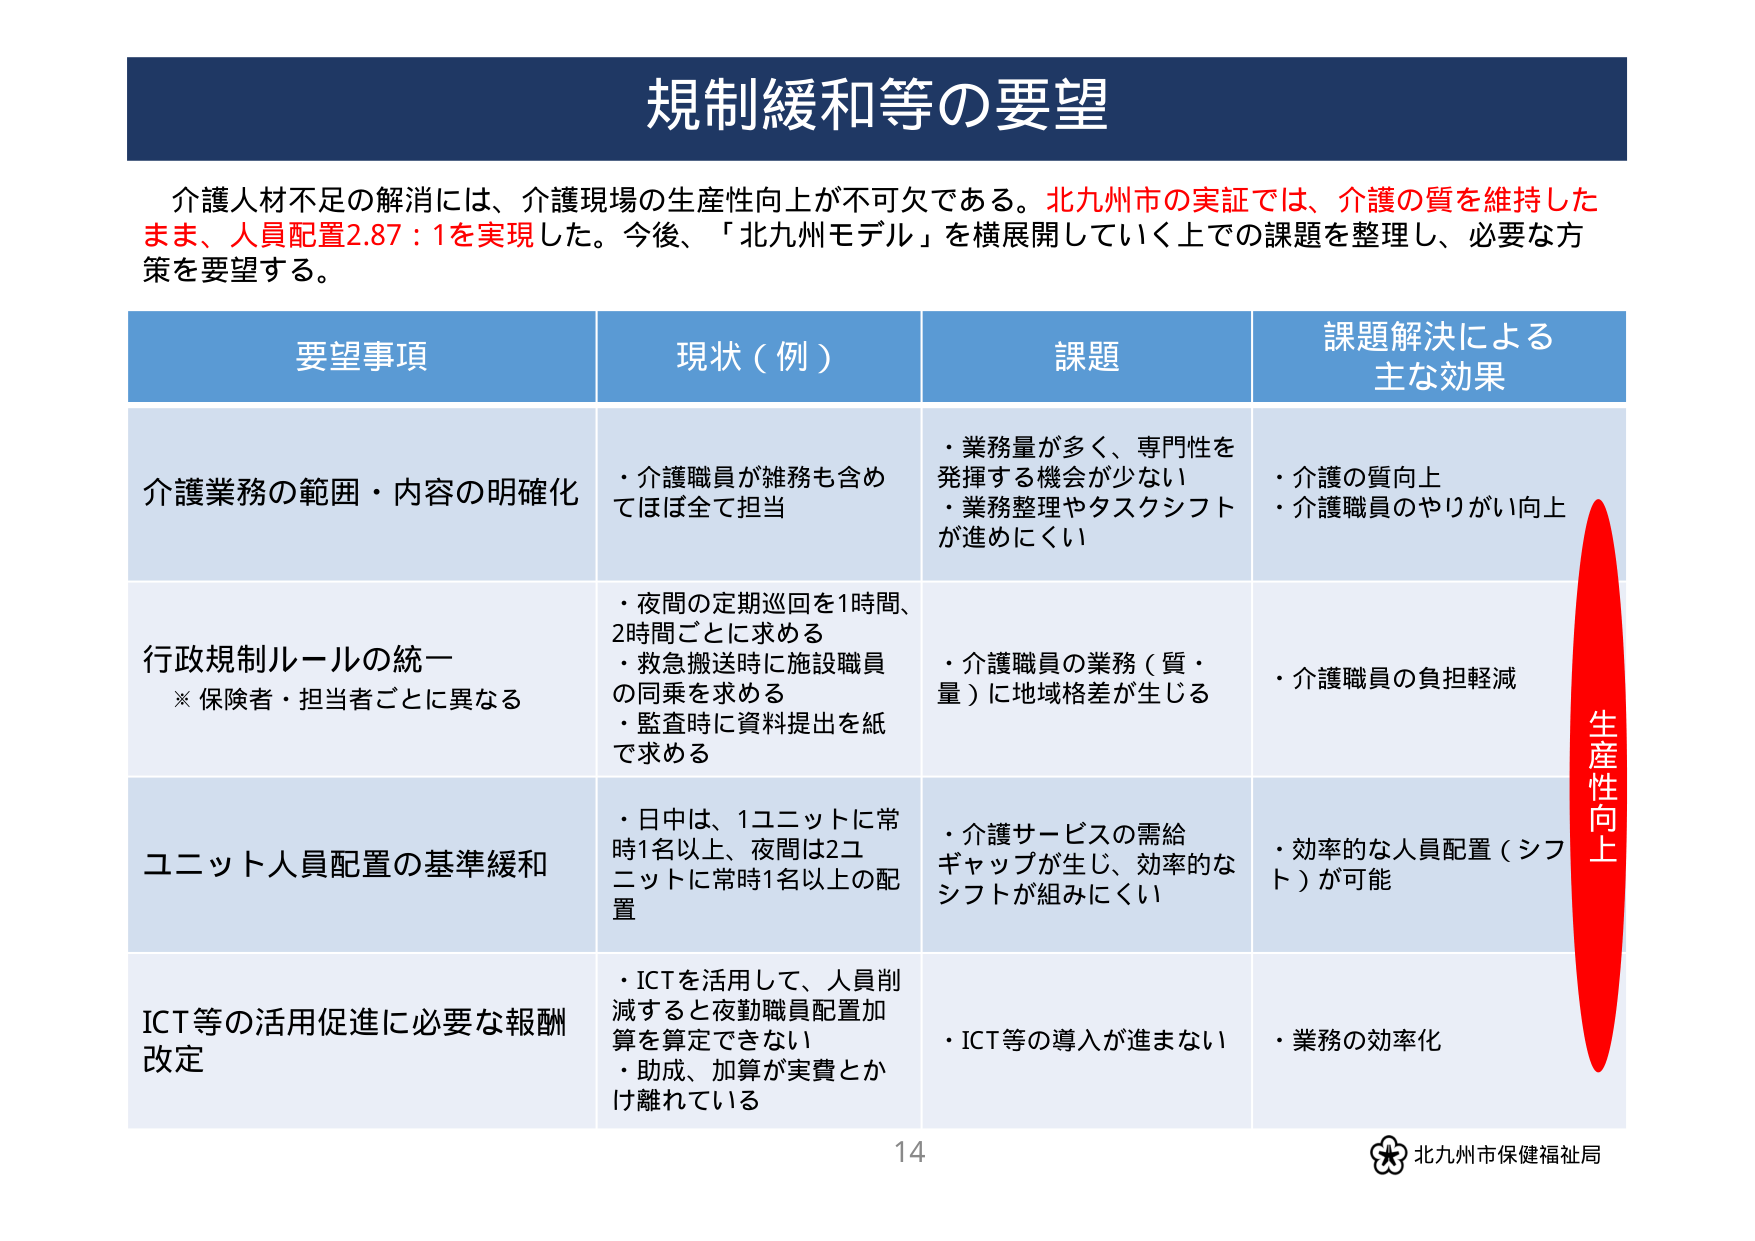
規制緩和等の要望

介護人材不足の解消には、介護現場の生産性向上が不可欠である。北九州市の実証では、介護の質を維持したまま、人員配置2.87：1を実現した。今後、「北九州モデル」を横展開していく上での課題を整理し、必要な方策を要望する。

要望事項 現状（例） 課題 課題解決による主な効果

介護業務の範囲・内容の明確化
・介護職員が雑務も含めてほぼ全て担当
・業務量が多く、専門性を発揮する機会が少ない
・業務整理やタスクシフトが進みにくい
・介護の質向上
・介護職員のやりがい向上

行政規制ルールの統一
※保険者・担当者ごとに異なる
・夜間の定期巡回を1時間、2時間ごとに求める
・救急搬送時に施設職員の同乗を求める
・監査時に資料提出を紙で求める
・介護職員の業務（質・量）に地域格差が生じる
・介護職員の負担軽減

ユニット人員配置の基準緩和
・日中は、1ユニットに常時1名以上、夜間は2ユニットに常時1名以上の配置
・介護サービスの需給ギャップが生じ、効率的なシフトが組みにくい
・効率的な人員配置（シフト）が可能

ICT等の活用促進に必要な報酬改定
・ICTを活用して、人員削減すると夜勤職員配置加算を算定できない
・助成、加算が実費とかけ離れている
・ICT等の導入が進まない
・業務の効率化

生産性向上

14
北九州市保健福祉局